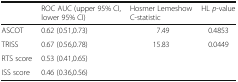
|  | ROC AUC (upper 95% CI, lower 95% CI) | Hosmer Lemeshow C-statistic | HL p-value |
 | --- | --- | --- | --- |
 | ASCOT | 0.62 (0.51,0.73) | 7.49 | 0.4853 |
 | TRISS | 0.67 (0.56,0.78) | 15.83 | 0.0449 |
 | RTS score | 0.53 (0.41,0.65) |  |  |
 | ISS score | 0.46 (0.36,0.56) |  |  |